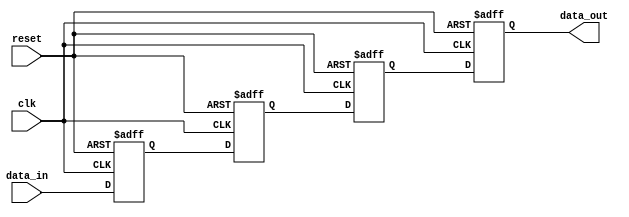
module cascade_synchronizer (
    input wire clk,
    input wire reset,
    input wire data_in,
    output reg data_out
);

reg [3:0] sync_reg [0:2];

always @(posedge clk or posedge reset) begin
    if (reset) begin
        sync_reg[0] <= 4'b0;
        sync_reg[1] <= 4'b0;
        sync_reg[2] <= 4'b0;
        data_out <= 1'b0;
    end else begin
        sync_reg[0] <= data_in;
        sync_reg[1] <= sync_reg[0];
        sync_reg[2] <= sync_reg[1];
        data_out <= sync_reg[2];
    end
end

endmodule